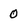
Character: 0